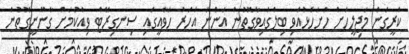
ކްރީގަން މަޖިލީހަށް ހުށަހެޅުއްވި ބިލްގައިވާގޮތުން އަންނަ އަހަރު ހަވާއީގައި ސިނގިރޭޓް ވިއްކުމަށް ގާނޫނީގޮތުން